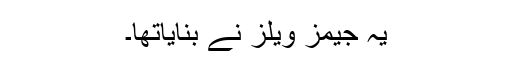
یہ جیمز ویلز نے بنایاتھا۔